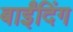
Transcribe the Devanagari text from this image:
बाईंदिंग